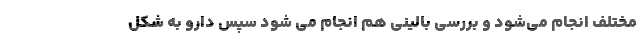
مختلف انجام می‌شود و بررسی بالینی هم انجام می شود سپس دارو به شکل